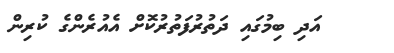
އަދި ބިމުގައި ދަތުރުފަތުރުކޮށް އެއުރެންގެ ކުރިން